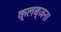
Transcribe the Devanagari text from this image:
क्लब्जना